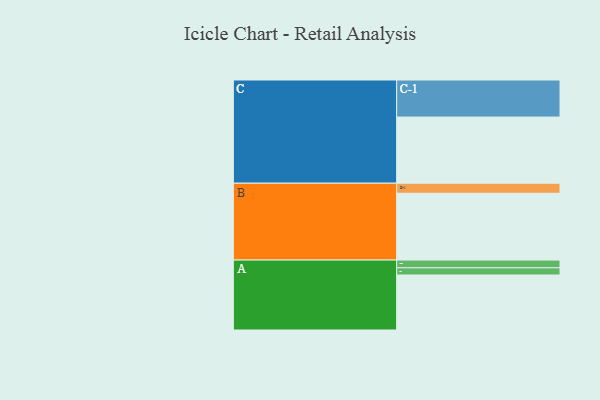
{"axis": {"x": "Segment", "y": "Value"}, "legend": ["", "A", "B", "C"], "data": [{"x": "A", "y": 405, "type": ""}, {"x": "B", "y": 492, "type": ""}, {"x": "C", "y": 487, "type": ""}, {"x": "A-1", "y": 53, "type": "A"}, {"x": "A-2", "y": 57, "type": "A"}, {"x": "B-1", "y": 74, "type": "B"}, {"x": "C-1", "y": 273, "type": "C"}]}